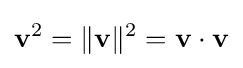
\mathbf {v} ^{2}=\|\mathbf {v} \|^{2}=\mathbf {v} \cdot \mathbf {v}